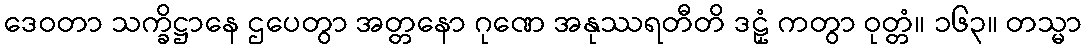
ဒေဝတာ သက္ခိဋ္ဌာနေ ဌပေတွာ အတ္တနော ဂုဏေ အနုဿရတီတိ ဒဠှံ ကတွာ ဝုတ္တံ။ ၁၆၃။ တသ္မာ